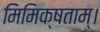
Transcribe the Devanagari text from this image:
मिमिक्षताम्।